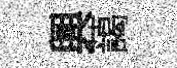
興藹